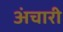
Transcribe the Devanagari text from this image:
अंचारी